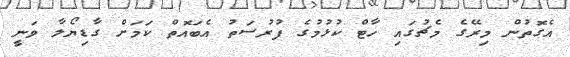
އެގޮތުން މިރޭގެ މެޗުގައި ހާޓް ކުޅުމުގެ ފުރުސަތު އެބައޮތް ކަމަށް ގާޑިޔޯލާ ވަނީ